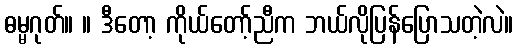
ဓမ္မဂုတ်။ ။ ဒီတော့ ကိုယ်တော့်ညီက ဘယ်လိုပြန်ပြောသတဲ့လဲ။